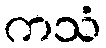
ကသံ